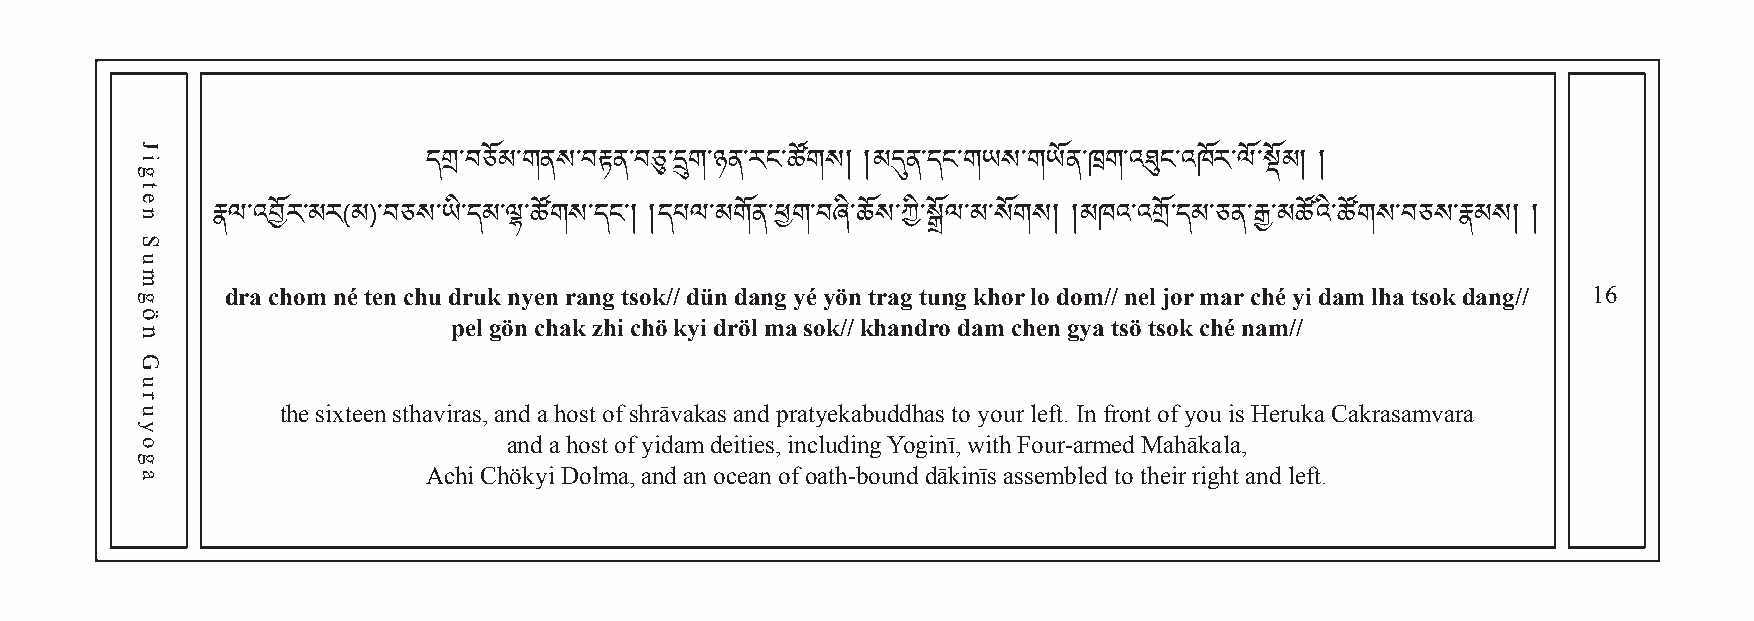
དག་བཅོམ་གནས་བརྟན་བཅུ་དྲུག་ཉན་རང་ཚོགས། །མདུན་དང་གཡས་གཡོན་ཁག་འཐུང་འཁོར་ལོ་སོམ། །
 རྣལ་འབོར་མར(མ)་བཅས་ཡི་དམ་ལྷ་ཚོགས་དང་། །དཔལ་མགོན་ཕག་བཞི་ཆོས་ཀི་སྒོལ་མ་སོགས། །མཁའ་འགོ་དམ་ཅན་རྒྱ་མཚོའི་ཚོགས་བཅས་རྣམས། །
 dra chom né ten chu druk nyen rang tsok// dün dang yé yön trag tung khor lo dom// nel jor mar ché yi dam lha tsok dang// 16
 pel gön chak zhi chö kyi dröl ma sok// khandro dam chen gya tsö tsok ché nam//
 the sixteen sthaviras, and a host of shrāvakas and pratyekabuddhas to your left. In front of you is Heruka Cakrasamvara
 and a host of yidam deities, including Yoginī, with Four-armed Mahākala,
 Achi Chökyi Dolma, and an ocean of oath-bound dākinīs assembled to their right and left.
 Jigten
 Sumgön
 Guruyoga